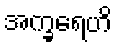
အက္ခရေဟိ